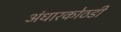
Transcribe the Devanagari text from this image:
अंधारकोठडी